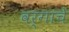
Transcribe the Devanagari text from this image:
वर्गाचें